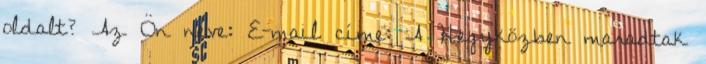
oldalt? Az Ön neve: E-mail címe: A Hegyközben maradtak